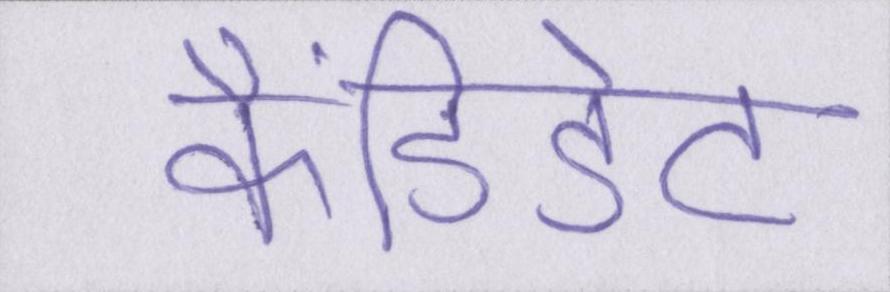
कैंडिडेट